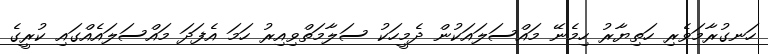
ހަނގުރާމަވެރި ހަތިޔާރު ހިމެނޭ މައްސަލައަކުން ދެމީހަކު ސަލާމަތްވިއިރު ހަމަ އެފަދަ މައްސަލައެއްގައި ކުރީގެ